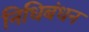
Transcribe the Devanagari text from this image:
निधिबंधन